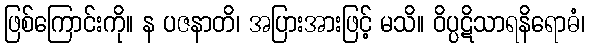
ဖြစ်ကြောင်းကို။ န ပဇနာတိ၊ အပြားအားဖြင့် မသိ။ ဝိပ္ပဋိသာရနိရောဓံ၊